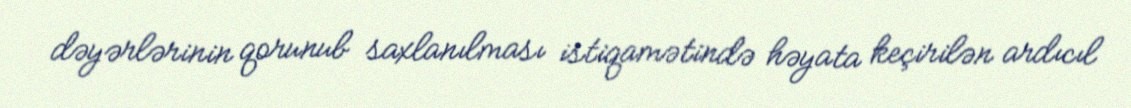
dəyərlərinin qorunub saxlanılması istiqamətində həyata keçirilən ardıcıl